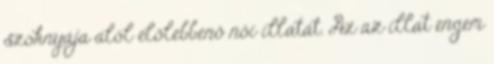
szoknyája alól előlebbenő női illatát. Az az illat engem